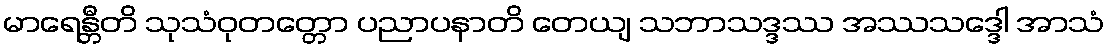
မာရေန္တီတိ သုသံဝုတတ္တော ပညာပနာတိ တေယျ သဘာသဒ္ဒဿ အဿသဒ္ဒေါ အာသံ